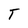
Character: T